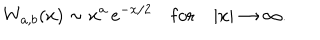
W _ { a , b } ( x ) \sim x ^ { a } \, e ^ { - x / 2 } ~ \mathrm { f o r } ~ | x | \rightarrow \infty .